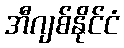
အီဂျစ်နိုင်ငံ